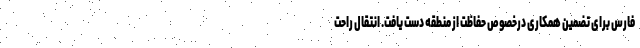
فارس برای تضمین همکاری درخصوص حفاظت از منطقه دست یافت. انتقال راحت